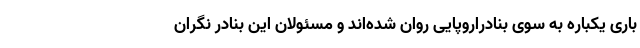
باری یکباره به سوی بنادراروپایی روان شده‌اند و مسئولان این بنادر نگران